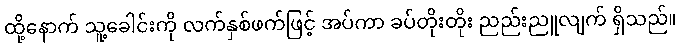
ထို့နောက် သူ့ခေါင်းကို လက်နှစ်ဖက်ဖြင့် အပ်ကာ ခပ်တိုးတိုး ညည်းညူလျက် ရှိသည်။